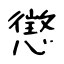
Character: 懲